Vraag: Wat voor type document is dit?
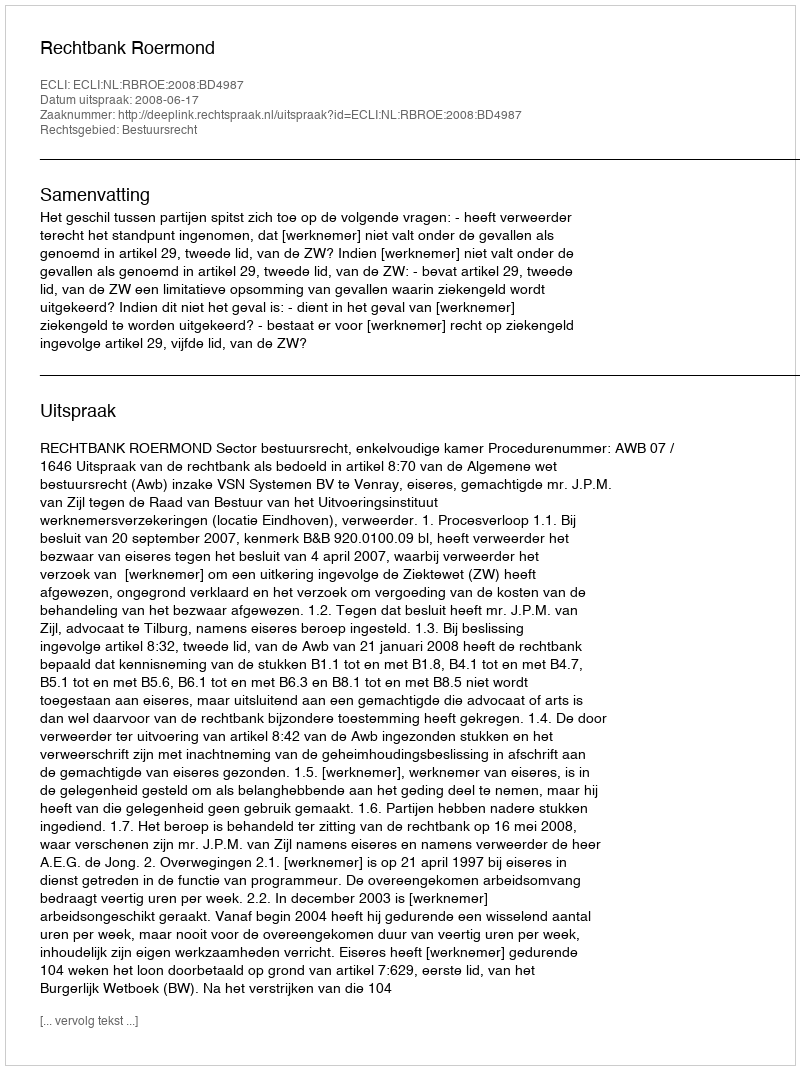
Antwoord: Uitspraak